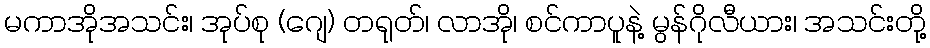
မကာအိုအသင်း၊ အုပ်စု (ဂျေ) တရုတ်၊ လာအို၊ စင်ကာပူနဲ့ မွန်ဂိုလီယား၊ အသင်းတို့